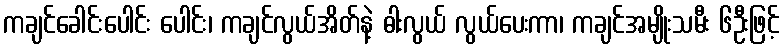
ကချင်ခေါင်းပေါင်း ပေါင်း၊ ကချင်လွယ်အိတ်နဲ့ ဓါးလွယ် လွယ်ပေးကာ၊ ကချင်အမျိုးသမီး ၆ဦးဖြင့်